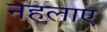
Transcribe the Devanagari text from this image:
नहलाए